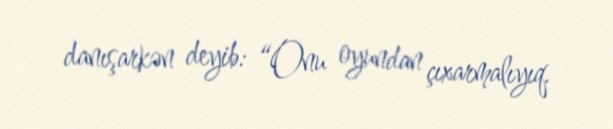
danışarkən deyib: “Onu oyundan çıxarmalıyıq.